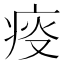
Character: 𤶌